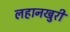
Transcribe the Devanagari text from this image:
लहानखुरी